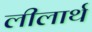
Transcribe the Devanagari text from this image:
लीलार्थ